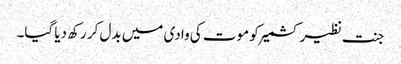
جنت نظیر کشمیر کو موت کی وادی میں بدل کر رکھ دیا گیا۔